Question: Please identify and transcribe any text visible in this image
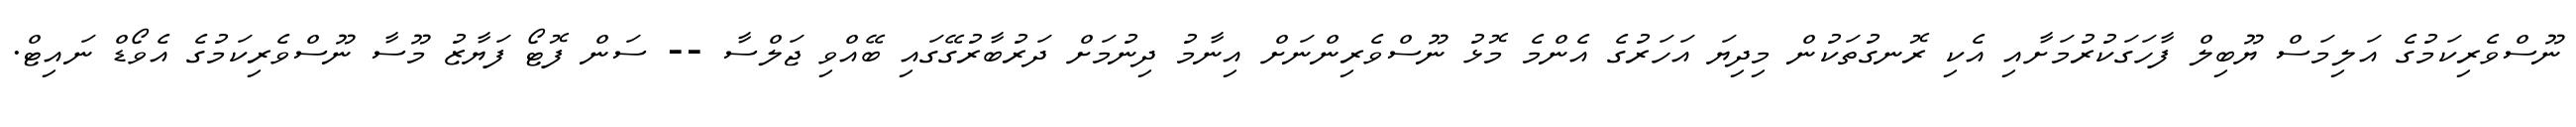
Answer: ނޫސްވެރިކަމުގެ އަލިމަސް ޔޫބިލް ފާހަގަކުރުމަށާއި އެކި ރޮނގުތަކުން މިދިޔަ އަހަރުގެ އެންމެ މޮޅު ނޫސްވެރިންނަށް އިނާމު ދިނުމަށް ދަރުބާރުގޭގައި ބޭއްވި ޖަލްސާ -- ސަން ފޮޓޯ ފަޔާޒު މޫސާ ނޫސްވެރިކަމުގެ އެވޯޑް ނައިޓް.